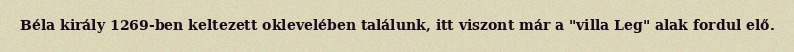
Béla király 1269-ben keltezett oklevelében találunk, itt viszont már a "villa Leg" alak fordul elő.